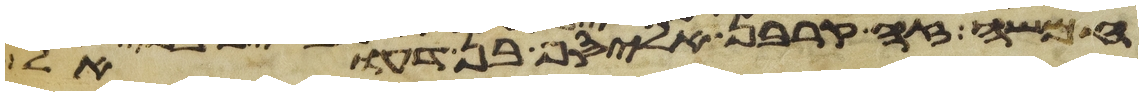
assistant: חמשה זה קרבן אליסף בן דעואל